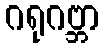
ဂရုဂဗ္ဘာ